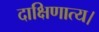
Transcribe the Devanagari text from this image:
दाक्षिणात्य।